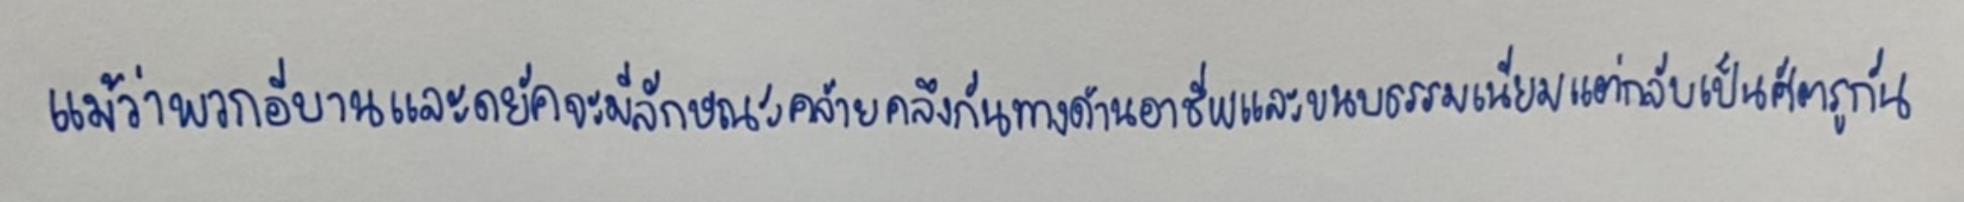
แม้ว่าพวกอีบานและดยัคจะมีลักษณะคล้ายคลึงกันทางด้านอาชีพและขนบธรรมเนียมแต่กลับเป็นศัตรูกัน